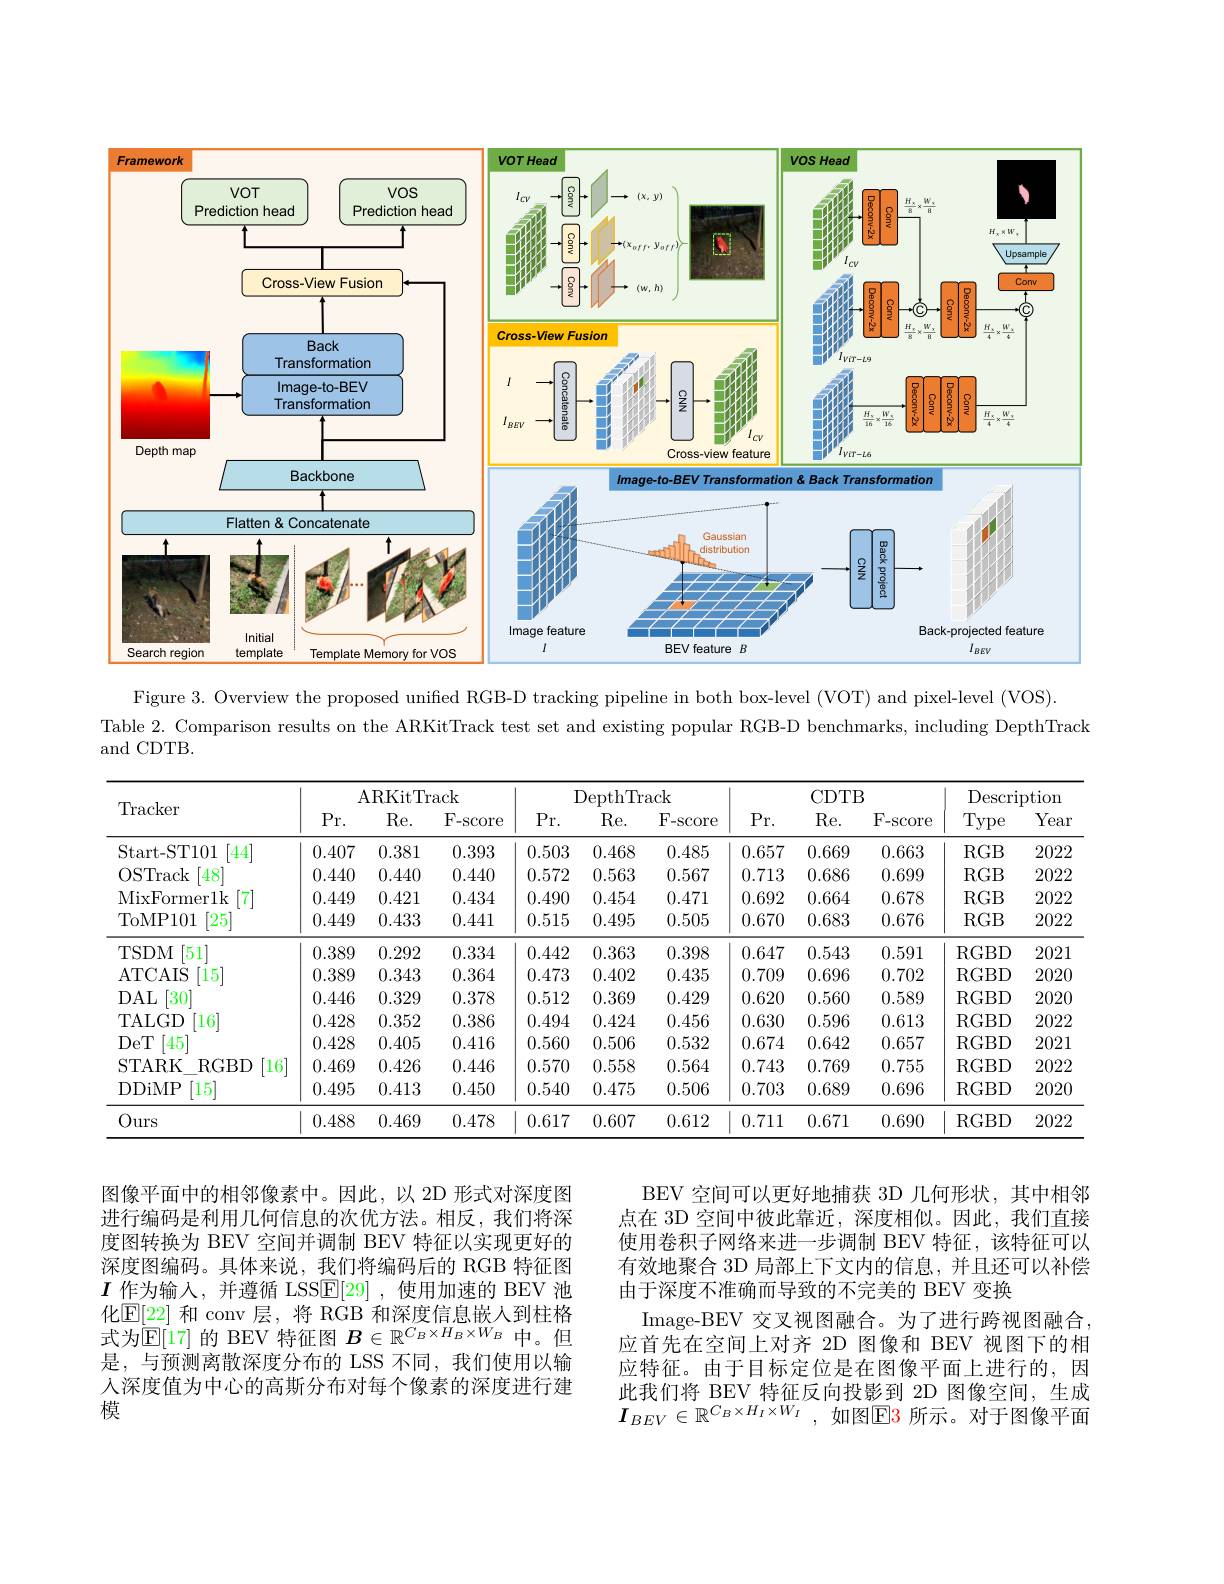
<FigureHere>

Figure 3. Overview the proposed unified RGB-D tracking pipeline in both box-level (VOT) and pixel-level (VOS).
Table 2. Comparison results on the ARKitTrack test set and existing popular RGB-D benchmarks, including DepthTrack
and CDTB.

<table>
	<tbody>
		<tr>
			<th rowspan="2">Tracker</th>
			<th colspan="3">ARKitTrack</th>
			<th colspan="3">DepthTrack</th>
			<th colspan="3">CDTB</th>
			<th colspan="2">Description</th>
		</tr>
		<tr>
			<th>Pr. </th>
			<th>Re. </th>
			<th>F- score</th>
			<th>$\Pr$r.</th>
			<th>Re. </th>
			<th>F- score</th>
			<th>Pr. </th>
			<th>Re. </th>
			<th>F- score</th>
			<th>Type</th>
			<th>Year</th>
		</tr>
		<tr>
			<td>Start- ST101 $\dot{44}$</td>
			<td>0.407</td>
			<td>0.381</td>
			<td>0.393</td>
			<td>0.503</td>
			<td>0.468</td>
			<td>0.485</td>
			<td>0.657</td>
			<td>0.669</td>
			<td>0.663</td>
			<td>$RGB$</td>
			<td>2022</td>
		</tr>
		<tr>
			<td>OSTrack $\dot{48}^{\cdot}$</td>
			<td>0.440</td>
			<td>0.440</td>
			<td>0.440</td>
			<td>0.572</td>
			<td>0.563</td>
			<td>0.567</td>
			<td>0.713</td>
			<td>0.686</td>
			<td>0.699</td>
			<td>$RGB$</td>
			<td>2022</td>
		</tr>
		<tr>
			<td>MixFormerlk [7]</td>
			<td>0.449</td>
			<td>0.421</td>
			<td>0.434</td>
			<td>0.490</td>
			<td>0.454</td>
			<td>0.471</td>
			<td>0.692</td>
			<td>0.664</td>
			<td>0.678</td>
			<td>$RGB$</td>
			<td>2022</td>
		</tr>
		<tr>
			<td>[25] ToMP101</td>
			<td>0.449</td>
			<td>0.433</td>
			<td>0.441</td>
			<td>0.515</td>
			<td>0.495</td>
			<td>0.505</td>
			<td>0.670</td>
			<td>0.683</td>
			<td>0.676</td>
			<td>$RGB$</td>
			<td>2022</td>
		</tr>
		<tr>
			<td>51 TSDM</td>
			<td>0.389</td>
			<td>0.292</td>
			<td>0.334</td>
			<td>0.442</td>
			<td>0.363</td>
			<td>0.398</td>
			<td>0.647</td>
			<td>0.543</td>
			<td>0.591</td>
			<td>RGBD</td>
			<td>2021</td>
		</tr>
		<tr>
			<td>ATCAIS 15</td>
			<td>0.389</td>
			<td>0.343</td>
			<td>0.364</td>
			<td>0.473</td>
			<td>0.402</td>
			<td>0.435</td>
			<td>0.709</td>
			<td>0.696</td>
			<td>0.702</td>
			<td>RGBD</td>
			<td>202C</td>
		</tr>
		<tr>
			<td>$DAL$ $30^{\cdot}$</td>
			<td>0.446</td>
			<td>0.329</td>
			<td>0.378</td>
			<td>0.512</td>
			<td>0.369</td>
			<td>0.429</td>
			<td>0.620</td>
			<td>0.560</td>
			<td>0.589</td>
			<td>RGBD</td>
			<td>202C</td>
		</tr>
		<tr>
			<td>TALGD [16]</td>
			<td>0.428</td>
			<td>0.352</td>
			<td>0.386</td>
			<td>0.494</td>
			<td>0.424</td>
			<td>0.456</td>
			<td>0.630</td>
			<td>0.596</td>
			<td>0.613</td>
			<td>RGBD</td>
			<td>2022</td>
		</tr>
		<tr>
			<td>DeT 45</td>
			<td>0.428</td>
			<td>0.405</td>
			<td>0.416</td>
			<td>0.560</td>
			<td>0.506</td>
			<td>0.532</td>
			<td>0.674</td>
			<td>0.642</td>
			<td>0.657</td>
			<td>RGBD</td>
			<td>2021</td>
		</tr>
		<tr>
			<td>STARK RGBD 16</td>
			<td>0.469</td>
			<td>0.426</td>
			<td>0.446</td>
			<td>0.570</td>
			<td>0.558</td>
			<td>0.564</td>
			<td>0.743</td>
			<td>0.769</td>
			<td>0.755</td>
			<td>RGBD</td>
			<td>2022</td>
		</tr>
		<tr>
			<td>DDiMP [15]</td>
			<td>0.495</td>
			<td>0.413</td>
			<td>0.450</td>
			<td>0.540</td>
			<td>0.475</td>
			<td>0.506</td>
			<td>0.703</td>
			<td>0.689</td>
			<td>0.696</td>
			<td>RGBD</td>
			<td>202C</td>
		</tr>
		<tr>
			<td>Ours</td>
			<td>0.488</td>
			<td>0.469</td>
			<td>0.478</td>
			<td>0.617</td>
			<td>0.607</td>
			<td>0.612</td>
			<td>0.711</td>
			<td>0.671</td>
			<td>0.690</td>
			<td>RGBD</td>
			<td>2022</td>
		</tr>
	</tbody>
</table>

图像平面中的相邻像素中。因此，以 2D 形式对深度图进行编码是利用几何信息的次优方法。相反，我们将深度图转换为 BEV 空间并调制 BEV 特征以实现更好的深度图编码。具体来说，我们将编码后的 RGB 特征图$I$作为输入，并遵循 LSS$\overline{\mathbb{E}}[29]$ ,使用加速的 BEV 池化$\mathbb{E}[22]$ 和 conv 层，将 RGB 和深度信息嵌人到柱格式为$\mathbb{E}[17]$的 BEV 特征图$B\in\mathbb{R}^C_B\times H_B\times W_B$中。但是，与预测离散深度分布的 LSS 不同，我们使用以输人深度值为中心的高斯分布对每个像素的深度进行建模

BEV 空间可以更好地捕获 3D 几何形状，其中相邻点在 3D 空间中彼此靠近，深度相似。因此，我们直接使用卷积子网络来进一步调制 BEV 特征，该特征可以有效地聚合 3D 局部上下文内的信息，并且还可以补偿由于深度不准确而导致的不完美的 BEV 变换
Image-BEV 交叉视图融合。为了进行跨视图融合， 应首先在空间上对齐 2D 图像和 BEV 视图下的相应特征。由于目标定位是在图像平面上进行的，因此我们将 BEV 特征反向投影到 2D 图像空间，生成$I_{BEV}\in\mathbb{R}^{C_{B}\times H_{I}\times W_{I}}$,如图$\mathbb{E}$3所示。对于图像平面